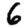
Digit: 6